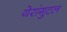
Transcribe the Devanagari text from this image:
येरांगुटल